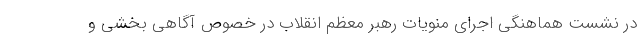
در نشست هماهنگی اجرای منویات رهبر معظم انقلاب در خصوص آگاهی بخشی و